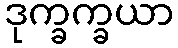
ဒုက္ခက္ခယာ